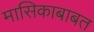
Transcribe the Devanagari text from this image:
मासिकाबाबत